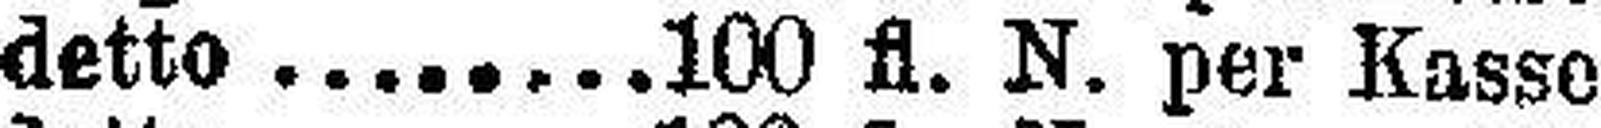
detto 100 fl. N. per Kasse 4%